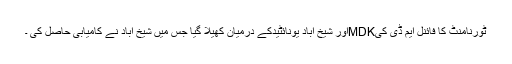
ٹورنامنٹ کا فائنل ایم ڈی کیMDKاور شیخ آباد یونائٹیدکے درمیان کھیلا گیا جس میں شیخ آباد نے کامیابی حاصل کی ۔